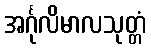
အင်္ဂုလိမာလသုတ္တံ